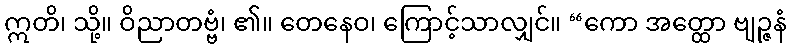
ဣတိ၊ သို့။ ဝိညာတဗ္ဗံ၊ ၏။ တေနေဝ၊ ကြောင့်သာလျှင်။ “ကော အတ္ထော ဗျဉ္ဇနံ